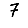
Digit: 7